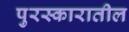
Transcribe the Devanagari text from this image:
पुरस्कारातील